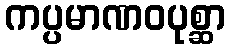
ကပ္ပမာဏဝပုစ္ဆာ